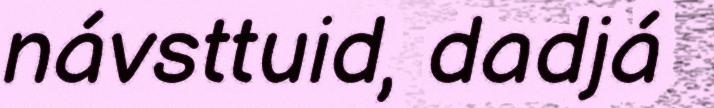
návsttuid, dadjá